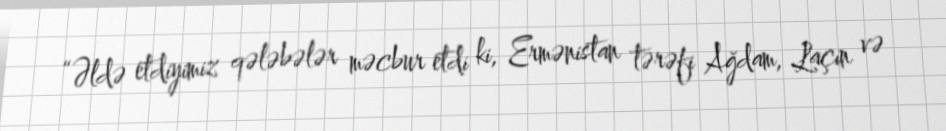
“Əldə etdiyimiz qələbələr məcbur etdi ki, Ermənistan tərəfi Ağdam, Laçın və